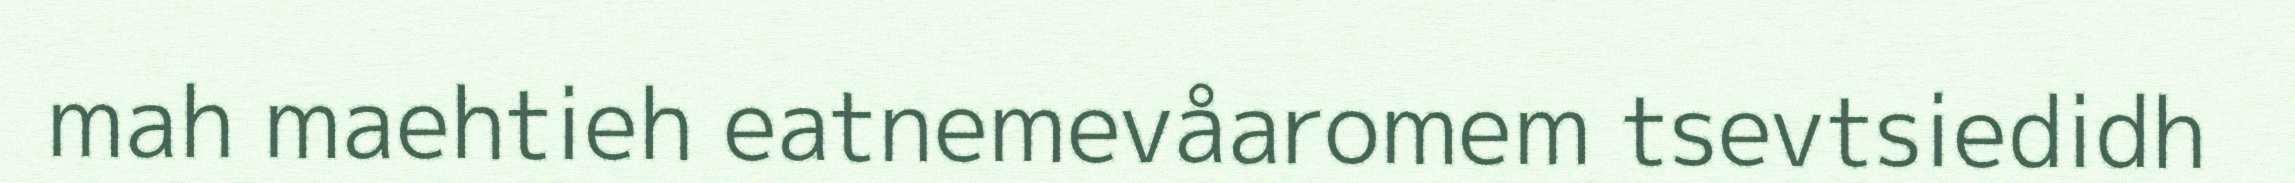
mah maehtieh eatnemevåaromem tsevtsiedidh